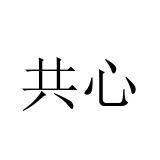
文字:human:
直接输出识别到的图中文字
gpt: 共心